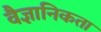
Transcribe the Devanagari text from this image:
वैज्ञानिकता